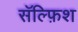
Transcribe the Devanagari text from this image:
सॅल्फ़िश